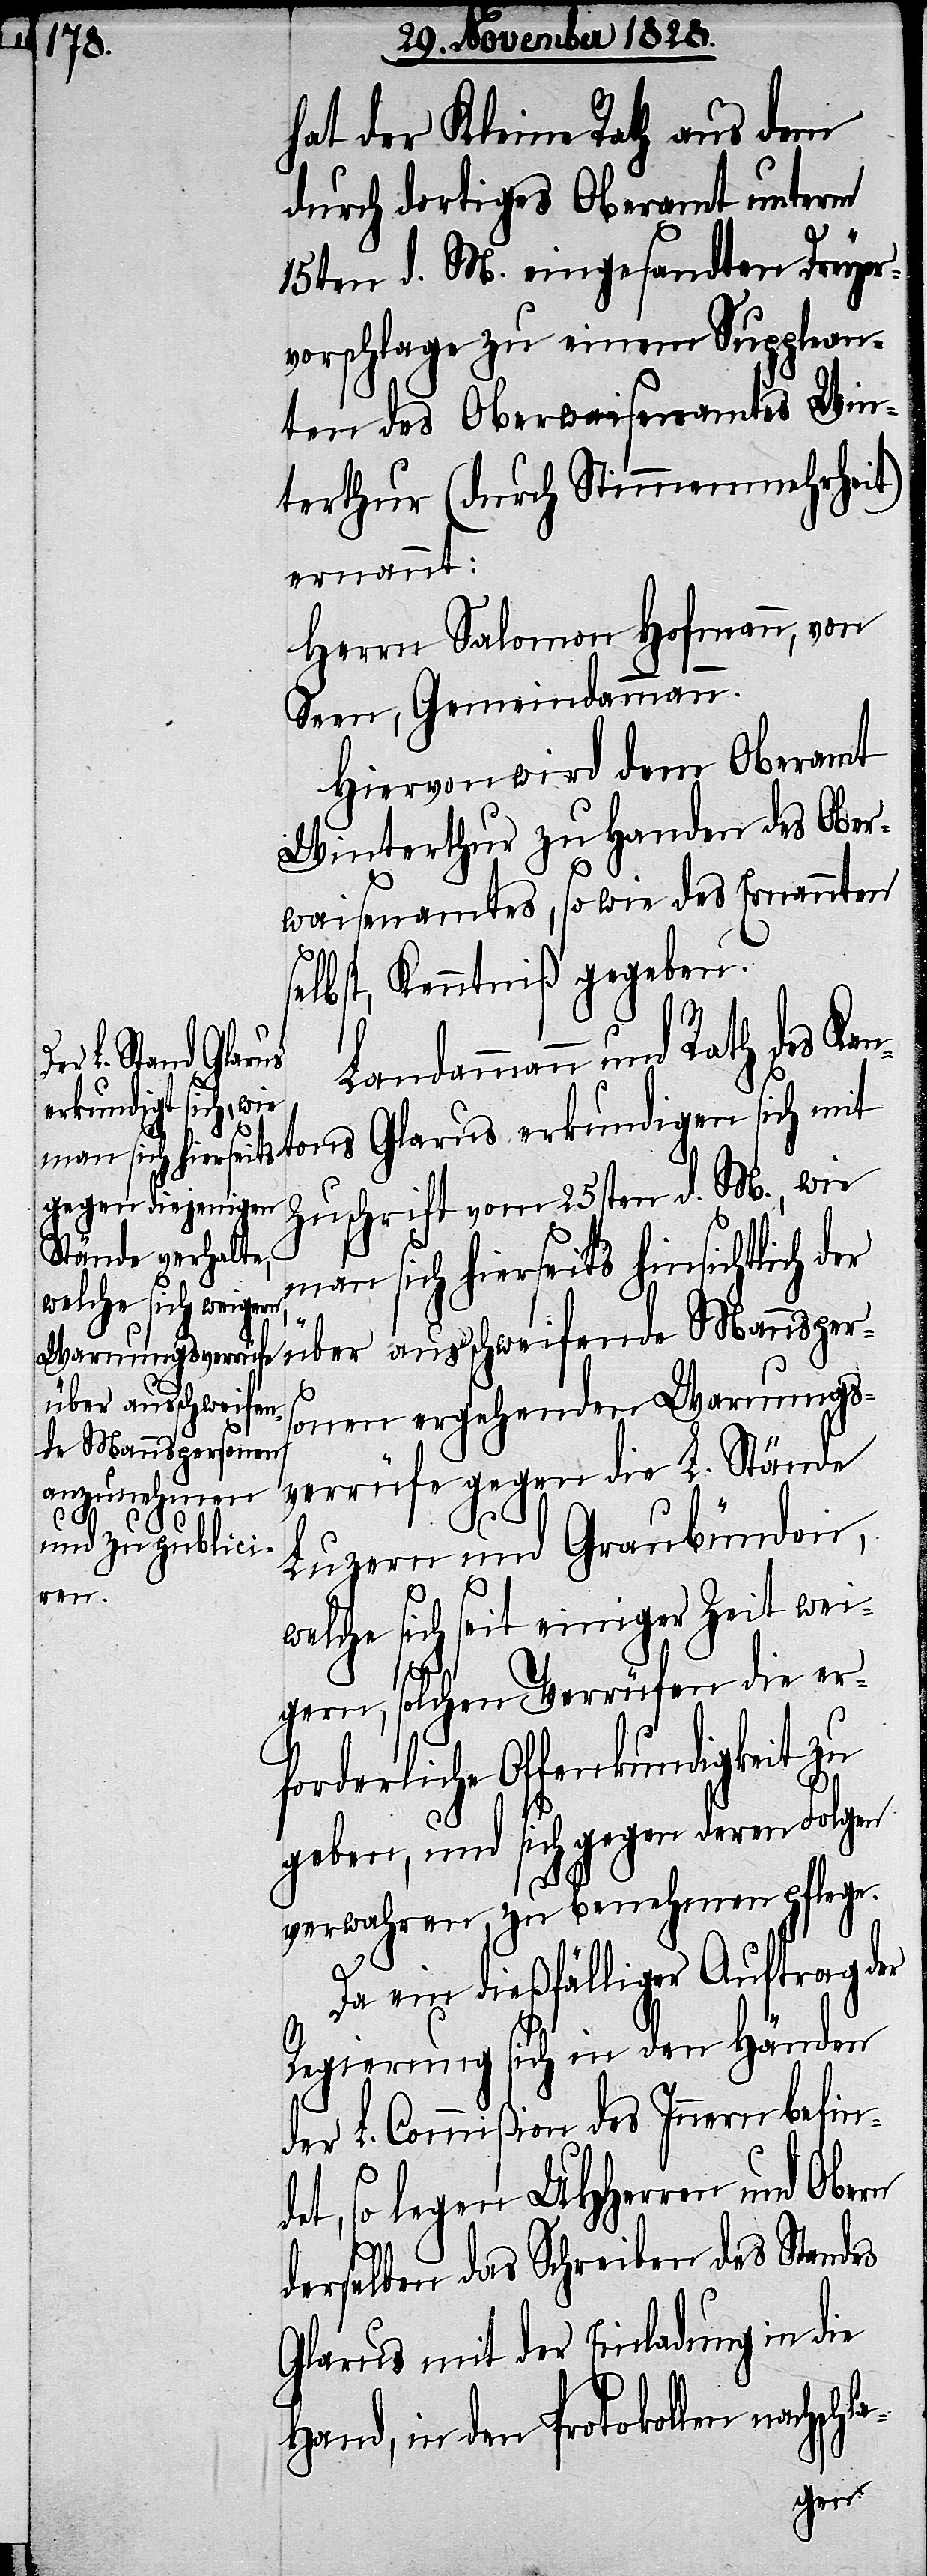
hat der Kleine Rath aus dem
durch dortiges Oberamt unterm
15ten d. M. eingesandten Dreyer¬
vorschlage zu einem Supplean¬
ten des Oberwaisenamtes Win¬
terthur (durch Stimmenmehrheit)
ernannt:
Herrn Salomon Hofmann, von
Seen, Gemeindammann.
Hiervon wird dem Oberamt
Winterthur zu Handen des Ober¬
waisenamtes, so wie des Ernannten
selbst, Kenntniß gegeben.
Landammann und Rath des
ons Glarus erkundigen sich mit
Zuschrift vom 25sten d. M., wie
man sich bisdahin in obiger
über ausschweifen¬
en ergehenden Warnungs¬
de Mannsperson¬
verrüfe gegen die L. Stände
einzuberichten.
Luzern und Graubünden,
Kant¬
welche sich seit einiger Zeit wei¬
gern, solchen Verrüfen die er¬
forderliche Offenkundigkeit zu
geben, und sich gegen deren Folgen
verwahren, zu benehmen pflege.
Da ein dießfälliger Auftrag der
Regierung sich in den Händen
der L. Commißion des Innern befind¬
et, so legen UHHerren und Obern
derselben das Schreiben des Standes
Glarus mit der Einladung in die
Hand, in den Protokollen nachschla-
gen